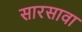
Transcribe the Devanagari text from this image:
सारसावा